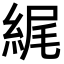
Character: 𦀿